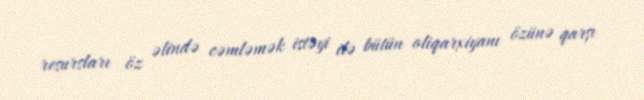
resursları öz əlində cəmləmək istəyi ilə bütün oliqarxiyanı özünə qarşı